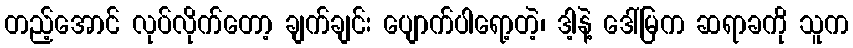
တည့်အောင် လုပ်လိုက်တော့ ချက်ချင်း ပျောက်ပါရော့တဲ့၊ ဒါ့နဲ့ ဒေါ်မြက ဆရာခကို သူက